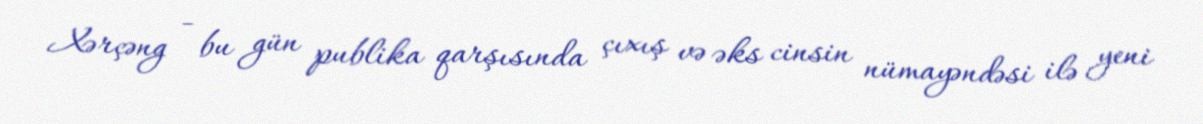
Xərçəng - bu gün publika qarşısında çıxış və əks cinsin nümayəndəsi ilə yeni